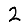
Digit: 2